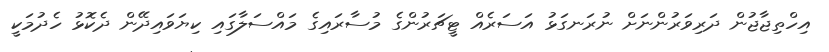
އިހްތިޖާޖުން ދަރިވަރުންނަށް ނުރަނގަޅު އަސަރެއް ޓީޗަރުންގެ މުސާރައިގެ މައްސަލާގައި ކިޔަވައިދޭން ދެކޮޅު ހެދުމަކީ